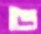
ভ